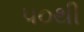
૫૦થી